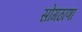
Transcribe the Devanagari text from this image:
सोंगठाणा